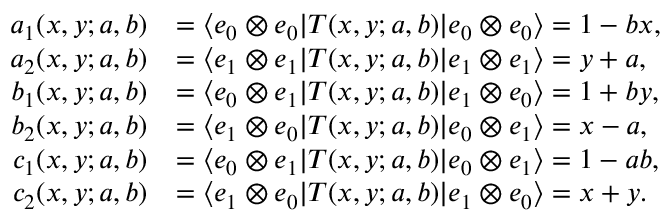
\begin{array} { r l } { a _ { 1 } ( x , y ; a , b ) } & { = \langle e _ { 0 } \otimes e _ { 0 } | T ( x , y ; a , b ) | e _ { 0 } \otimes e _ { 0 } \rangle = 1 - b x , } \\ { a _ { 2 } ( x , y ; a , b ) } & { = \langle e _ { 1 } \otimes e _ { 1 } | T ( x , y ; a , b ) | e _ { 1 } \otimes e _ { 1 } \rangle = y + a , } \\ { b _ { 1 } ( x , y ; a , b ) } & { = \langle e _ { 0 } \otimes e _ { 1 } | T ( x , y ; a , b ) | e _ { 1 } \otimes e _ { 0 } \rangle = 1 + b y , } \\ { b _ { 2 } ( x , y ; a , b ) } & { = \langle e _ { 1 } \otimes e _ { 0 } | T ( x , y ; a , b ) | e _ { 0 } \otimes e _ { 1 } \rangle = x - a , } \\ { c _ { 1 } ( x , y ; a , b ) } & { = \langle e _ { 0 } \otimes e _ { 1 } | T ( x , y ; a , b ) | e _ { 0 } \otimes e _ { 1 } \rangle = 1 - a b , } \\ { c _ { 2 } ( x , y ; a , b ) } & { = \langle e _ { 1 } \otimes e _ { 0 } | T ( x , y ; a , b ) | e _ { 1 } \otimes e _ { 0 } \rangle = x + y . } \end{array}